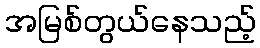
အမြစ်တွယ်နေသည့်